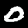
Digit: 0